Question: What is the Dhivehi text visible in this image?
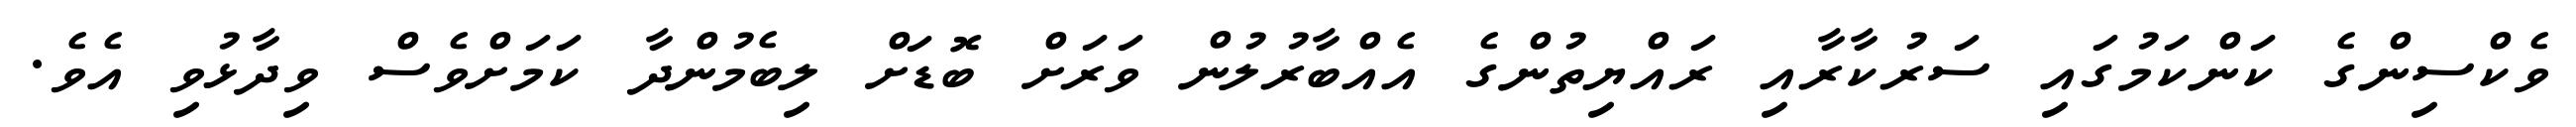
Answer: ވެކްސިންގެ ކަންކަމުގައި ސަރުކާރާއި ރައްޔިތުންގެ އެއްބާރުލުން ވަރަށް ބޮޑަށް ލިބެމުންދާ ކަމަށްވެސް ވިދާޅުވި އެވެ.